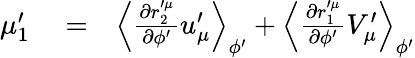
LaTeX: \begin{array}{rlr}{\mu_{1}^{\prime}}&{{}=}&{\left\langle\frac{\partial r_{2}^{\prime\mu}}{\partial\phi^{\prime}}u_{\mu}^{\prime}\right\rangle_{\phi^{\prime}}+\left\langle\frac{\partial r_{1}^{\prime\mu}}{\partial\phi^{\prime}}V_{\mu}^{\prime}\right\rangle_{\phi^{\prime}}}\end{array}